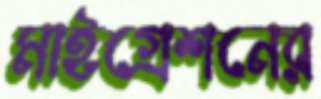
মাইগ্রেশনের